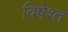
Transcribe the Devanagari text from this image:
विषेश्त